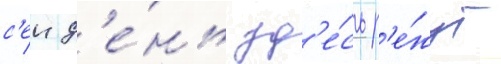
с'еи д'е́нь зд'е́сь р'е́жут